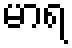
မာရ